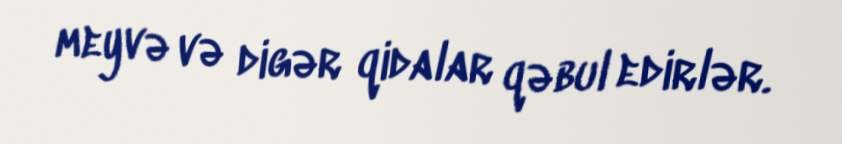
meyvə və digər qidalar qəbul edirlər.